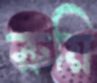
রুয়ি